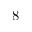
8